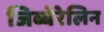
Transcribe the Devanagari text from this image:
जिब्बेरेलिन